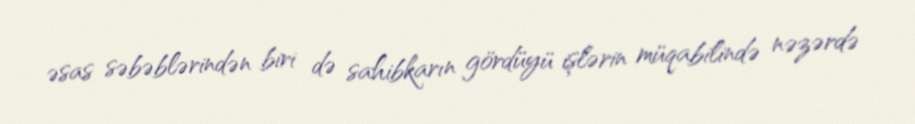
əsas səbəblərindən biri də sahibkarın gördüyü işlərin müqabilində nəzərdə